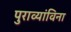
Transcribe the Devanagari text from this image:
पुराव्यांविना